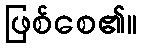
ဖြစ်စေ၏။